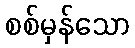
စစ်မှန်သော